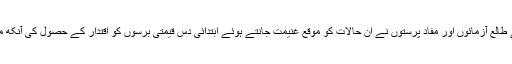
جس کی وجہ سے طالع آزمائوں اور مفاد پرستوں نے ان حالات کو موقع غنیمت جانتے ہوئے ابتدائی دس قیمتی برسوں کو اقتدار کے حصول کی آنکھ مچولی میں گنوادیا۔